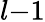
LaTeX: l{-}1